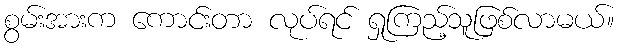
စွမ်းအားက ကောင်းတာ လုပ်ရင် ရှုကြည့်သူဖြစ်လာမယ်။